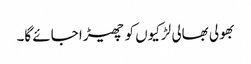
بھولی بھالی لڑکیوں کو چھیڑا جائے گا۔